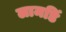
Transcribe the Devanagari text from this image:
लामडिं